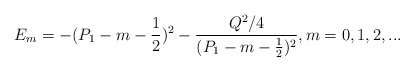
\begin{align*}E_m=-(P_1-m-\frac{1}{2})^2-\frac{Q^2/4}{(P_1-m-\frac{1}{2})^2}, m=0,1,2,...\end{align*}